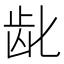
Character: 龀